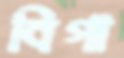
বিগা